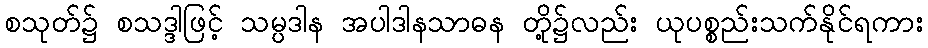
စသုတ်၌ စသဒ္ဒါဖြင့် သမ္ပဒါန အပါဒါနသာဓန တို့၌လည်း ယုပစ္စည်းသက်နိုင်ရကား